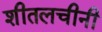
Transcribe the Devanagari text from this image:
शीतलचीनी